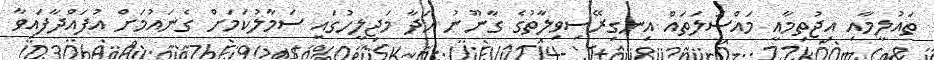
ތައުލީމާއި އިޖުތިމާއީ މައްސަލަތައް އިނގިރޭސިވިލާތުގެ ގާނޫނު ހަދާ މަޖިލީހުގައި ސަމާލުކަމަށް ގެނައުމަށް އުފައްދާފައިވާ